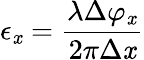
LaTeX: \epsilon_{\mathit{x}}=\frac{{\lambda\Delta\varphi_{\mathit{x}}}}{{2\pi\Delta\mathit{x}}}